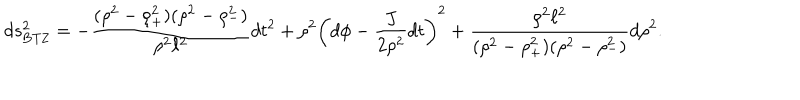
d s _ { \mathrm { B T Z } } ^ { 2 } = - { \frac { ( \rho ^ { 2 } - \rho _ { + } ^ { 2 } ) ( \rho ^ { 2 } - \rho _ { - } ^ { 2 } ) } { \rho ^ { 2 } \ell ^ { 2 } } } d t ^ { 2 } + \rho ^ { 2 } \left( d \phi - { \frac { J } { 2 \rho ^ { 2 } } } d t \right) ^ { 2 } + { \frac { \rho ^ { 2 } \ell ^ { 2 } } { ( \rho ^ { 2 } - \rho _ { + } ^ { 2 } ) ( \rho ^ { 2 } - \rho _ { - } ^ { 2 } ) } } d \rho ^ { 2 } .